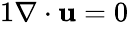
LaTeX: \begin{array}{r}{{1}\nabla\cdot\mathbf{u}=0}\end{array}